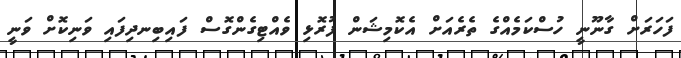
ފަހަރަށް ގާނޫނީ ހުސްކަމެއްގެ ތެރެއަށް އެކޮމިޝަން ފުރޮޅި ވެއްޓިގެންގޮސް ފައިބިނދިފައި ވަނިކޮށް ވަނީ